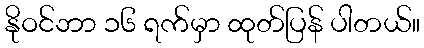
နိုဝင်ဘာ ၁၆ ရက်မှာ ထုတ်ပြန် ပါတယ်။